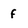
Character: f